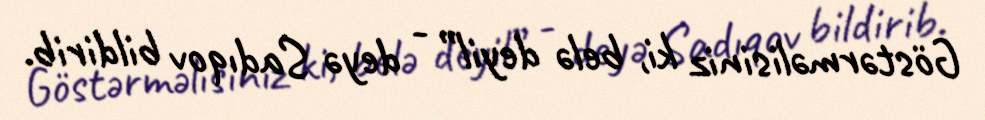
Göstərməlisiniz ki, belə deyil” - deyə Sadıqov bildirib.